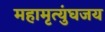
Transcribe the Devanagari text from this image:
महामृत्युंघजय